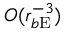
{ \cal O } ( r _ { b \mathrm { E } } ^ { - 3 } )